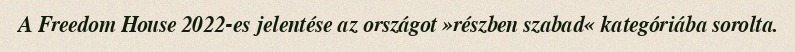
A Freedom House 2022-es jelentése az országot »részben szabad« kategóriába sorolta.